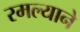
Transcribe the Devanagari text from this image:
रमल्याने